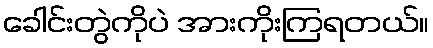
ခေါင်းတွဲကိုပဲ အားကိုးကြရတယ်။